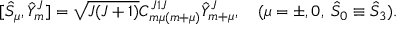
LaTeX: [ { \hat { S } } _ { \mu } , { \hat { Y } } _ { m } ^ { J } ] = \sqrt { J ( J + 1 ) } C _ { m \mu ( m + \mu ) } ^ { J 1 J } { \hat { Y } } _ { m + \mu } ^ { J } , \quad ( \mu = \pm , 0 , \; { \hat { S } } _ { 0 } \equiv { \hat { S } } _ { 3 } ) .